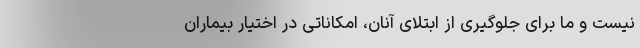
نیست و ما برای جلوگیری از ابتلای آنان، امکاناتی در اختیار بیماران